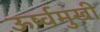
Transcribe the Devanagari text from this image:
ऊर्ष्वमुखी